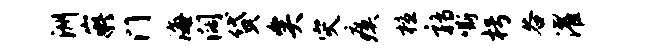
洲嶷门海阔贷矣灾瘼檀鹑嘶枵谷濯